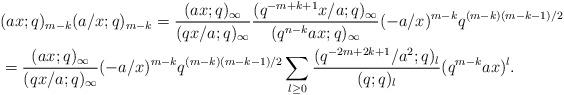
LaTeX: \begin{align*}&(a x;q)_{m-k}(a /x;q)_{m-k}={(ax;q)_\infty\over (qx/a;q)_\infty} {(q^{-m+k+1}x/a;q)_\infty\over (q^{n-k}ax;q)_\infty}(-a/x)^{m-k}q^{(m-k)(m-k-1)/2} \\&={(ax;q)_\infty\over (qx/a;q)_\infty} (-a/x)^{m-k}q^{(m-k)(m-k-1)/2} \sum_{l\geq 0} {(q^{-2m+2k+1}/a^2;q)_l\over (q;q)_l} (q^{m-k}ax)^l.\end{align*}